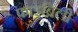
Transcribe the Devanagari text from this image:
फ़ाइब्रिली